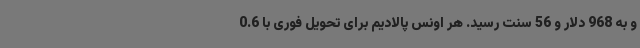
و به 968 دلار و 56 سنت رسید. هر اونس پالادیم برای تحویل فوری با 0.6